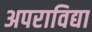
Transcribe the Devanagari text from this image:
अपराविद्या